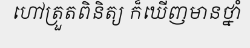
ហៅត្រួតពិនិត្យ ក៏ឃើញមានថ្នាំ